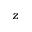
z